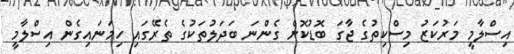
އިސްލާމީ މަރުކަޒު މިސްކިތުގެ ޖާގަ ބޮޑުކޮށް ގެންނަ ބަދަލުތަކުގެ ތެރޭގައި ހިމަނައިގެން އިސްލާމީ